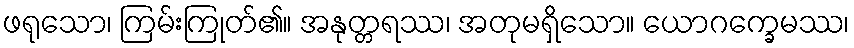
ဖရုသော၊ ကြမ်းကြုတ်၏။ အနုတ္တရဿ၊ အတုမရှိသော။ ယောဂက္ခေမဿ၊